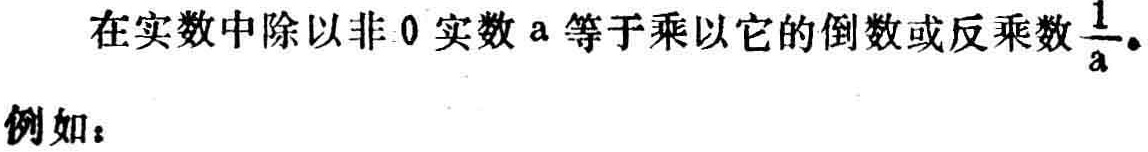
在实数中除以非 0 实数 a 等于乘以它的倒数或反乘数$\frac{1}{a}$。
例如：